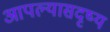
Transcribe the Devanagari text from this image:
आपल्यासदृष्य